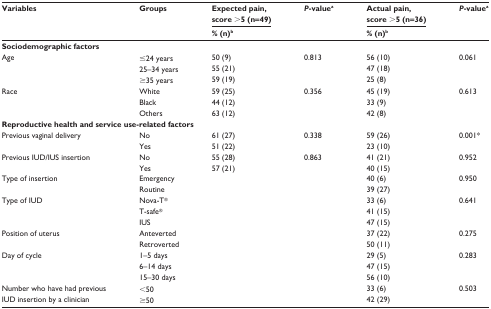
<table><thead><tr><td rowspan="2"><b>Variables</b></td><td rowspan="2"><b>Groups</b></td><td><b>Expected pain, score &gt;5 (n=49)</b></td><td rowspan="2"><b><i>P</i>-valuea</b></td><td><b>Actual pain, score &gt;5 (n=36)</b></td><td rowspan="2"><b><i>P</i>-valuea</b></td></tr><tr><td><b>% (n)b</b></td><td><b>% (n)b</b></td></tr></thead><tbody><tr><td colspan="6"><b>Sociodemographic factors</b></td></tr><tr><td rowspan="3">Age</td><td>≤24 years</td><td>50 (9)</td><td>0.813</td><td>56 (10)</td><td>0.061</td></tr><tr><td>25–34 years</td><td>55 (21)</td><td></td><td>47 (18)</td><td></td></tr><tr><td>≥35 years</td><td>59 (19)</td><td></td><td>25 (8)</td><td></td></tr><tr><td rowspan="3">Race</td><td>White</td><td>59 (25)</td><td>0.356</td><td>45 (19)</td><td>0.613</td></tr><tr><td>Black</td><td>44 (12)</td><td></td><td>33 (9)</td><td></td></tr><tr><td>Others</td><td>63 (12)</td><td></td><td>42 (8)</td><td></td></tr><tr><td colspan="6"><b>Reproductive health and service use-related factors</b></td></tr><tr><td rowspan="2">Previous vaginal delivery</td><td>No</td><td>61 (27)</td><td>0.338</td><td>59 (26)</td><td>0.001<sup>*</sup></td></tr><tr><td>Yes</td><td>51 (22)</td><td></td><td>23 (10)</td><td></td></tr><tr><td rowspan="2">Previous IUD/IUS insertion</td><td>No</td><td>55 (28)</td><td>0.863</td><td>41 (21)</td><td>0.952</td></tr><tr><td>Yes</td><td>57 (21)</td><td></td><td>40 (15)</td><td></td></tr><tr><td rowspan="2">Type of insertion</td><td>Emergency</td><td></td><td></td><td>40 (6)</td><td>0.950</td></tr><tr><td>Routine</td><td></td><td></td><td>39 (27)</td><td></td></tr><tr><td rowspan="3">Type of IUD</td><td>Nova-T<sup>®</sup></td><td></td><td></td><td>33 (6)</td><td>0.641</td></tr><tr><td>T-safe<sup>®</sup></td><td></td><td></td><td>41 (15)</td><td></td></tr><tr><td>IUS</td><td></td><td></td><td>47 (15)</td><td></td></tr><tr><td rowspan="2">Position of uterus</td><td>Anteverted</td><td></td><td></td><td>37 (22)</td><td>0.275</td></tr><tr><td>Retroverted</td><td></td><td></td><td>50 (11)</td><td></td></tr><tr><td rowspan="3">Day of cycle</td><td>1–5 days</td><td></td><td></td><td>29 (5)</td><td>0.283</td></tr><tr><td>6–14 days</td><td></td><td></td><td>47 (15)</td><td></td></tr><tr><td>15–30 days</td><td></td><td></td><td>56 (10)</td><td></td></tr><tr><td>Number who have had previous</td><td>&lt;50</td><td></td><td></td><td>33 (6)</td><td>0.503</td></tr><tr><td>IUD insertion by a clinician</td><td>≥50</td><td></td><td></td><td>42 (29)</td><td></td></tr></tbody></table>